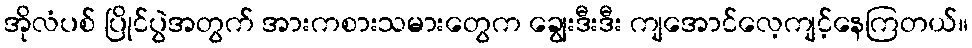
အိုလံပစ် ပြိုင်ပွဲအတွက် အားကစားသမားတွေက ချွေးဒီးဒီး ကျအောင်လေ့ကျင့်နေကြတယ်။